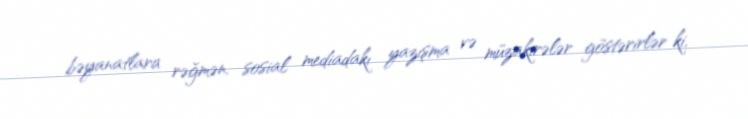
bəyanatlara rəğmən, sosial mediadakı yazışma və müzakirələr göstərirlər ki,